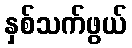
နှစ်သက်ဖွယ်